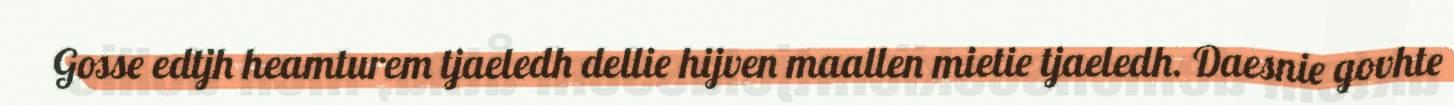
Gosse edtjh heamturem tjaeledh dellie hijven maallen mietie tjaeledh. Daesnie govhte